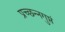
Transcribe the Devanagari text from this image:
प्रच्छन्नगुप्तं